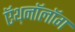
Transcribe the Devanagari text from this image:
ऍथ़नॉलॉग